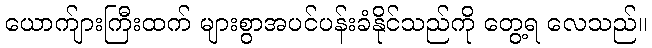
ယောက်ျားကြီးထက် များစွာအပင်ပန်းခံနိုင်သည်ကို တွေ့ရ လေသည်။